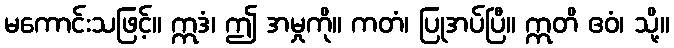
မကောင်းသဖြင့်။ ဣဒံ၊ ဤ အမှုကို။ ကတံ၊ ပြုအပ်ပြီ။ ဣတိ ဧဝံ၊ သို့။